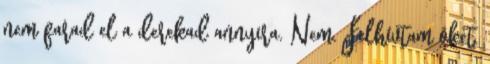
nem farad el a derekad annyira. Nem. Felhívtam õket.